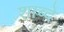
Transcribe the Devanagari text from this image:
शाब्दे